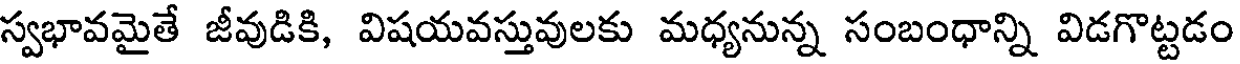
స్వభావమైతే జీవుడికి, విషయవస్తువులకు మధ్యనున్న సంబంధాన్ని విడగొట్టడం